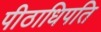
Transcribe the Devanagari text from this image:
पीठाधिपति